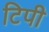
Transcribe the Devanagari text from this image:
टिपी